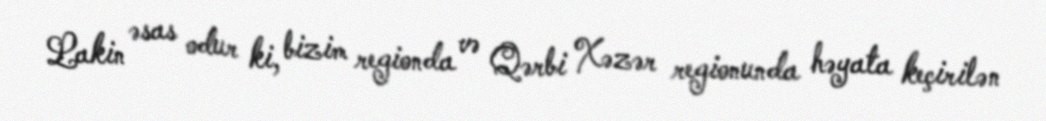
Lakin əsas odur ki, bizim regionda və Qərbi Xəzər regionunda həyata keçirilən